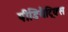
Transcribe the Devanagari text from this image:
पीडियैट्रिक्स